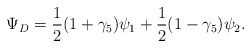
\begin{align*}\Psi_D = \frac{1}{2}(1+\gamma_5)\psi_1+\frac{1}{2}(1-\gamma_5)\psi_2.\end{align*}